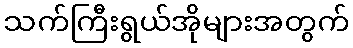
သက်ကြီးရွယ်အိုများအတွက်